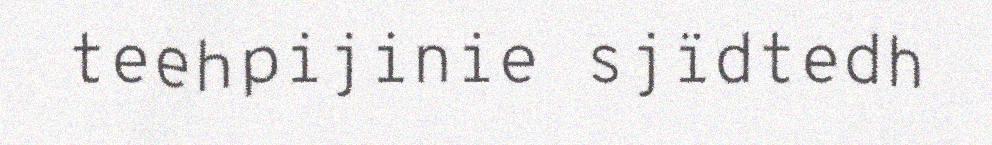
teehpijinie sjïdtedh